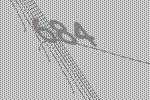
684